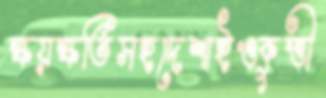
ক্ষয়ক্ষতিসহদেশাইওকুত্তী